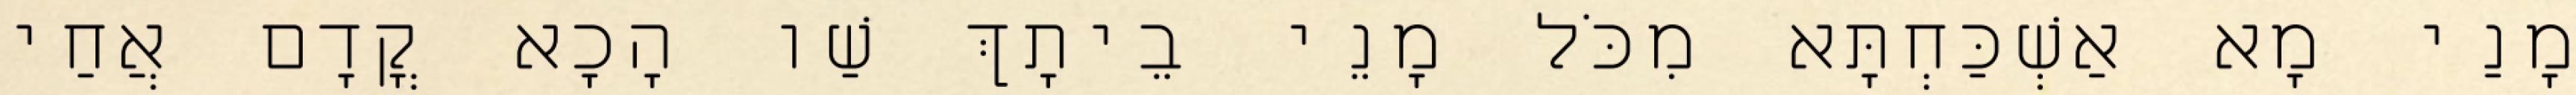
מָנַי מָא אַשְׁכַּחְתָּא מִכֹּל מָנֵי בֵיתָךְ שַׁו הָכָא קֳדָם אֲחַי